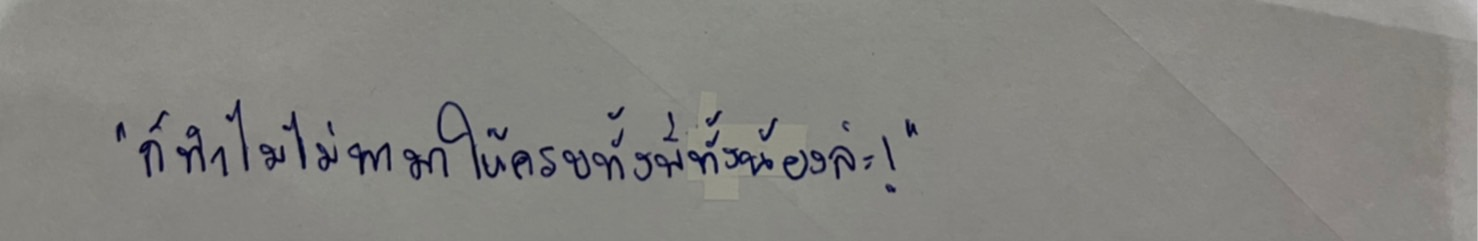
"ก็ทำไมไม่พามาให้ครบทั้งพี่ทั้งน้องล่ะ!"